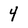
Character: 4